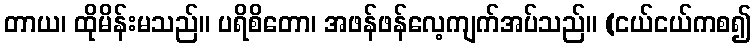
တာယ၊ ထိုမိန်းမသည်။ ပရိစိတော၊ အဖန်ဖန်လေ့ကျက်အပ်သည်။ (ငယ်ငယ်ကစ၍